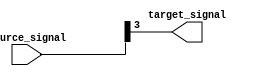
module bit_select_example (
    input [7:0] source_signal,
    output reg target_signal
);

always @ (*) begin
    // Assign bit at position 3 from source signal to target signal
    target_signal = source_signal[3];
end

endmodule